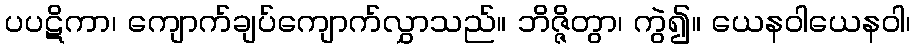
ပပဋိကာ၊ ကျောက်ချပ်ကျောက်လွှာသည်။ ဘိဇ္ဇိတွာ၊ ကွဲ၍။ ယေနဝါယေနဝါ၊